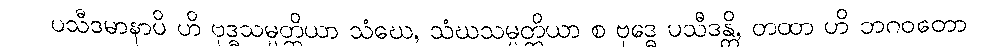
ပသီဒမာနာပိ ဟိ ဗုဒ္ဓသမ္ပတ္တိယာ သံဃေ, သံဃသမ္ပတ္တိယာ စ ဗုဒ္ဓေ ပသီဒန္တိ, တထာ ဟိ ဘဂဝတော